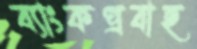
ব্যাংকপ্রবাহ